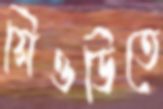
সিওডিতে